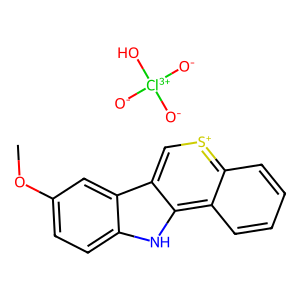
SMILES: COc1ccc2[nH]c3c4ccccc4[s+]cc3c2c1.[O-][Cl+3]([O-])([O-])O
Inhibits HIV replication: No